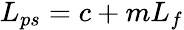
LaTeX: \begin{array}{r}{L_{ps}=c+mL_{f}}\end{array}